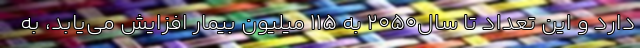
دارد و این تعداد تا سال‌۲۰۵۰ به ۱۱۵ میلیون بیمار افزایش می‌یابد، به‌